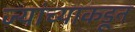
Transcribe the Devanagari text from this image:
ज्यांच्याकडून